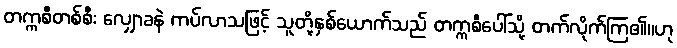
တက္ကစီတစ်စီး လျှောခနဲ ကပ်လာသဖြင့် သူတို့နှစ်ယောက်သည် တက္ကစီပေါ်သို့ တက်လိုက်ကြ၏။ဟု